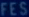
FES